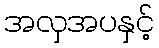
အလှအပနှင့်